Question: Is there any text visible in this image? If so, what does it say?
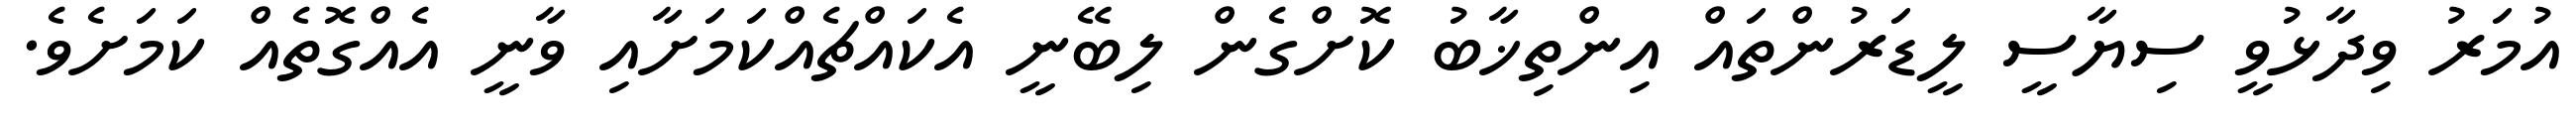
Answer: އުމަރު ވިދާޅުވީ ސިޔާސީ ލީޑަރުންތައް އިންތިޚާބު ކޮށްގެން ލިބޭނީ އެކައްޗެއްކަމަށާއި ވާނީ އެއްގޮތެއް ކަމަށެވެ.